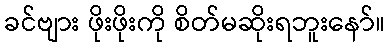
ခင်ဗျား ဖိုးဖိုးကို စိတ်မဆိုးရဘူးနော်။